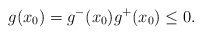
\begin{align*}g(x_0)=g^-(x_0)g^+(x_0)\le0.\end{align*}